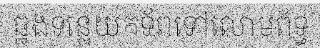
ឆ្លងទន្លេយកទ័ពទៅលោមព័ទ្ធ